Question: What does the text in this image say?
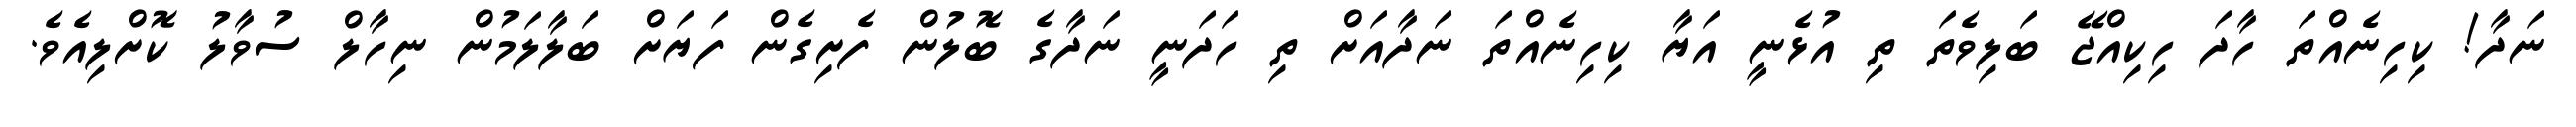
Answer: ނަދާ! ކިހިނެއްތަ ހާދަ ހިކިއްޖޭ ބަލިވެތަ ތި އުޅެނީ އަޔާ ކިހިނެއްތަ ނަދާއަށް ތި ހަދަނީ ނަދާގެ ބޮލުން ފެށިގެން ފަޔަށް ބަލާލަމުން ނިހާލް ސުވާލު ކޮށްލިއެވެ.